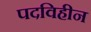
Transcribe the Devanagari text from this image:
पदविहीन